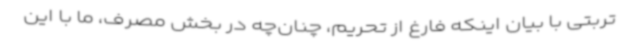
تربتی با بیان اینکه فارغ از تحریم، چنان‌چه در بخش مصرف، ما با این